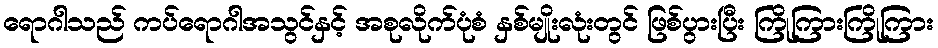
ရောဂါသည် ကပ်ရောဂါအသွင်နှင့် အစုလိုက်ပုံစံ နှစ်မျိုးလုံးတွင် ဖြစ်ပွားပြီး ကြိုကြားကြိုကြား